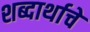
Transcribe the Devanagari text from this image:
शब्दार्थाचे